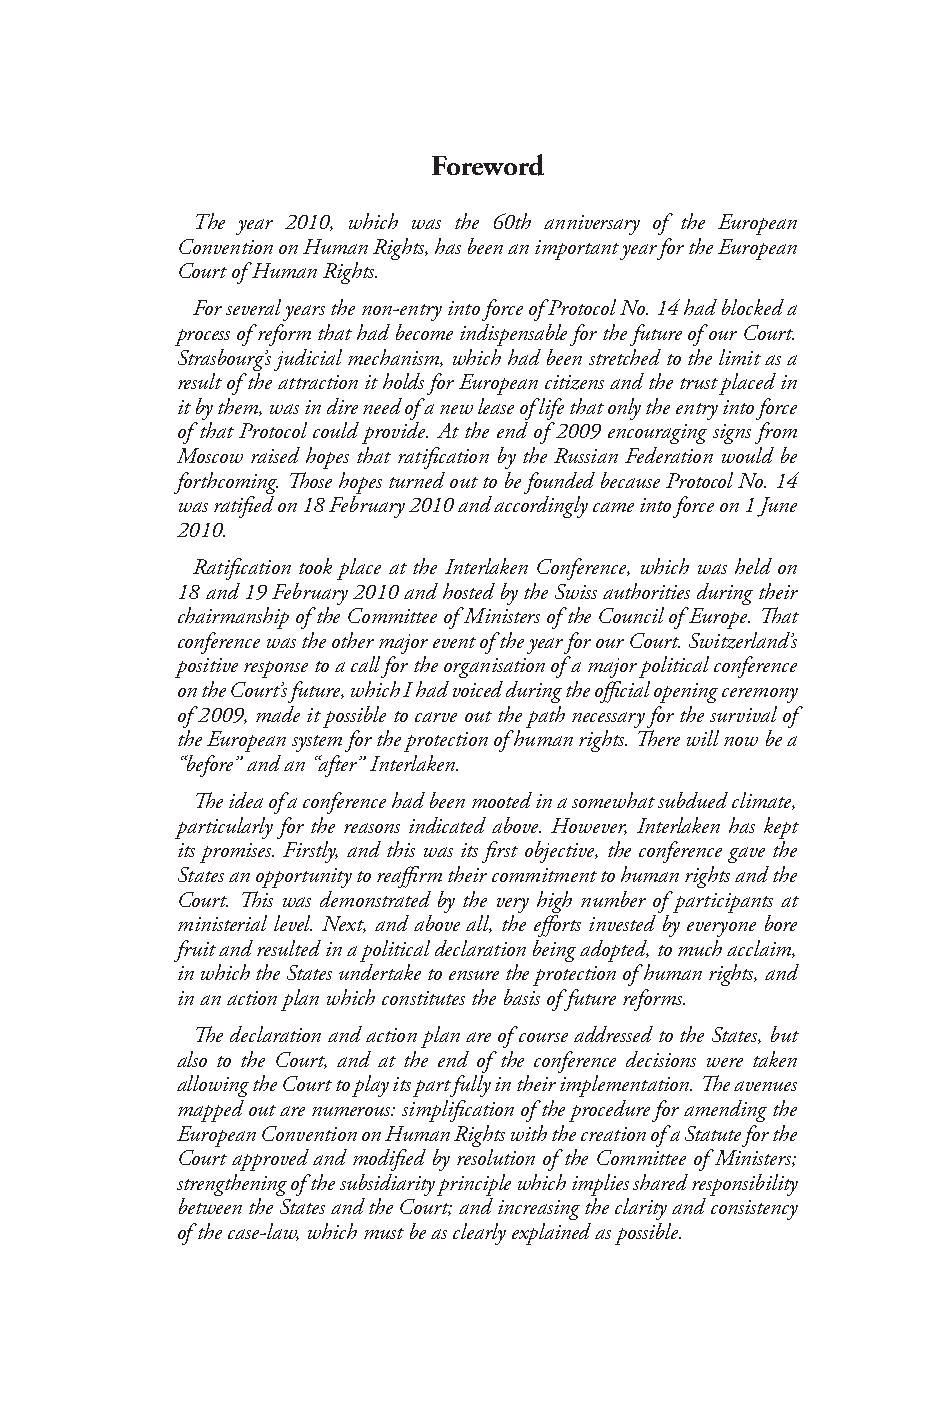
Foreword
 The year 2010, which was the 60th anniversary of the European
 Convention on Human Rights, has been an important year for the European
 Court of Human Rights.
 For several years the non-entry into force of Protocol No. 14 had blocked a
 process of reform that had become indispensable for the future of our Court.
 Strasbourg’s judicial mechanism, which had been stretched to the limit as a
 result of the attraction it holds for European citizens and the trust placed in
 it by them, was in dire need of a new lease of life that only the entry into force
 of that Protocol could provide. At the end of 2009 encouraging signs from
 Moscow raised hopes that ratification by the Russian Federation would be
 forthcoming. Those hopes turned out to be founded because Protocol No. 14
 was ratified on 18 February 2010 and accordingly came into force on 1 June
 2010.
 Ratification took place at the Interlaken Conference, which was held on
 18 and 19 February 2010 and hosted by the Swiss authorities during their
 chairmanship of the Committee of Ministers of the Council of Europe. That
 conference was the other major event of the year for our Court. Switzerland’s
 positive response to a call for the organisation of a major political conference
 on the Court’s future, which I had voiced during the official opening ceremony
 of 2009, made it possible to carve out the path necessary for the survival of
 the European system for the protection of human rights. There will now be a
 “before” and an “after” Interlaken.
 The idea of a conference had been mooted in a somewhat subdued climate,
 particularly for the reasons indicated above. However, Interlaken has kept
 its promises. Firstly, and this was its first objective, the conference gave the
 States an opportunity to reaffirm their commitment to human rights and the
 Court. This was demonstrated by the very high number of participants at
 ministerial level. Next, and above all, the efforts invested by everyone bore
 fruit and resulted in a political declaration being adopted, to much acclaim,
 in which the States undertake to ensure the protection of human rights, and
 in an action plan which constitutes the basis of future reforms.
 The declaration and action plan are of course addressed to the States, but
 also to the Court, and at the end of the conference decisions were taken
 allowing the Court to play its part fully in their implementation. The avenues
 mapped out are numerous: simplification of the procedure for amending the
 European Convention on Human Rights with the creation of a Statute for the
 Court approved and modified by resolution of the Committee of Ministers;
 strengthening of the subsidiarity principle which implies shared responsibility
 between the States and the Court; and increasing the clarity and consistency
 of the case-law, which must be as clearly explained as possible.